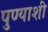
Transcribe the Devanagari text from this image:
पुण्याशी